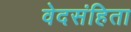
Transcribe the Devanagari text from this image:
वेदसंहिता